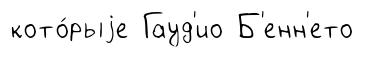
кото́рыjе Гауд'ио Б'енн'ето